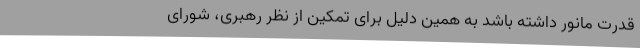
قدرت مانور داشته باشد به همین دلیل برای تمکین از نظر رهبری، شورای